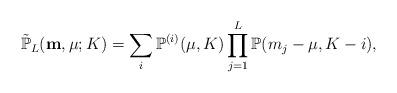
LaTeX: \begin{align*}\tilde{\mathbb{P}}_L(\mathbf{m}, \mu; K) = \sum_{i} \mathbb{P}^{(i)}(\mu,K) \prod_{j=1}^{L} \mathbb{P}(m_{j}-\mu, K-i),\end{align*}